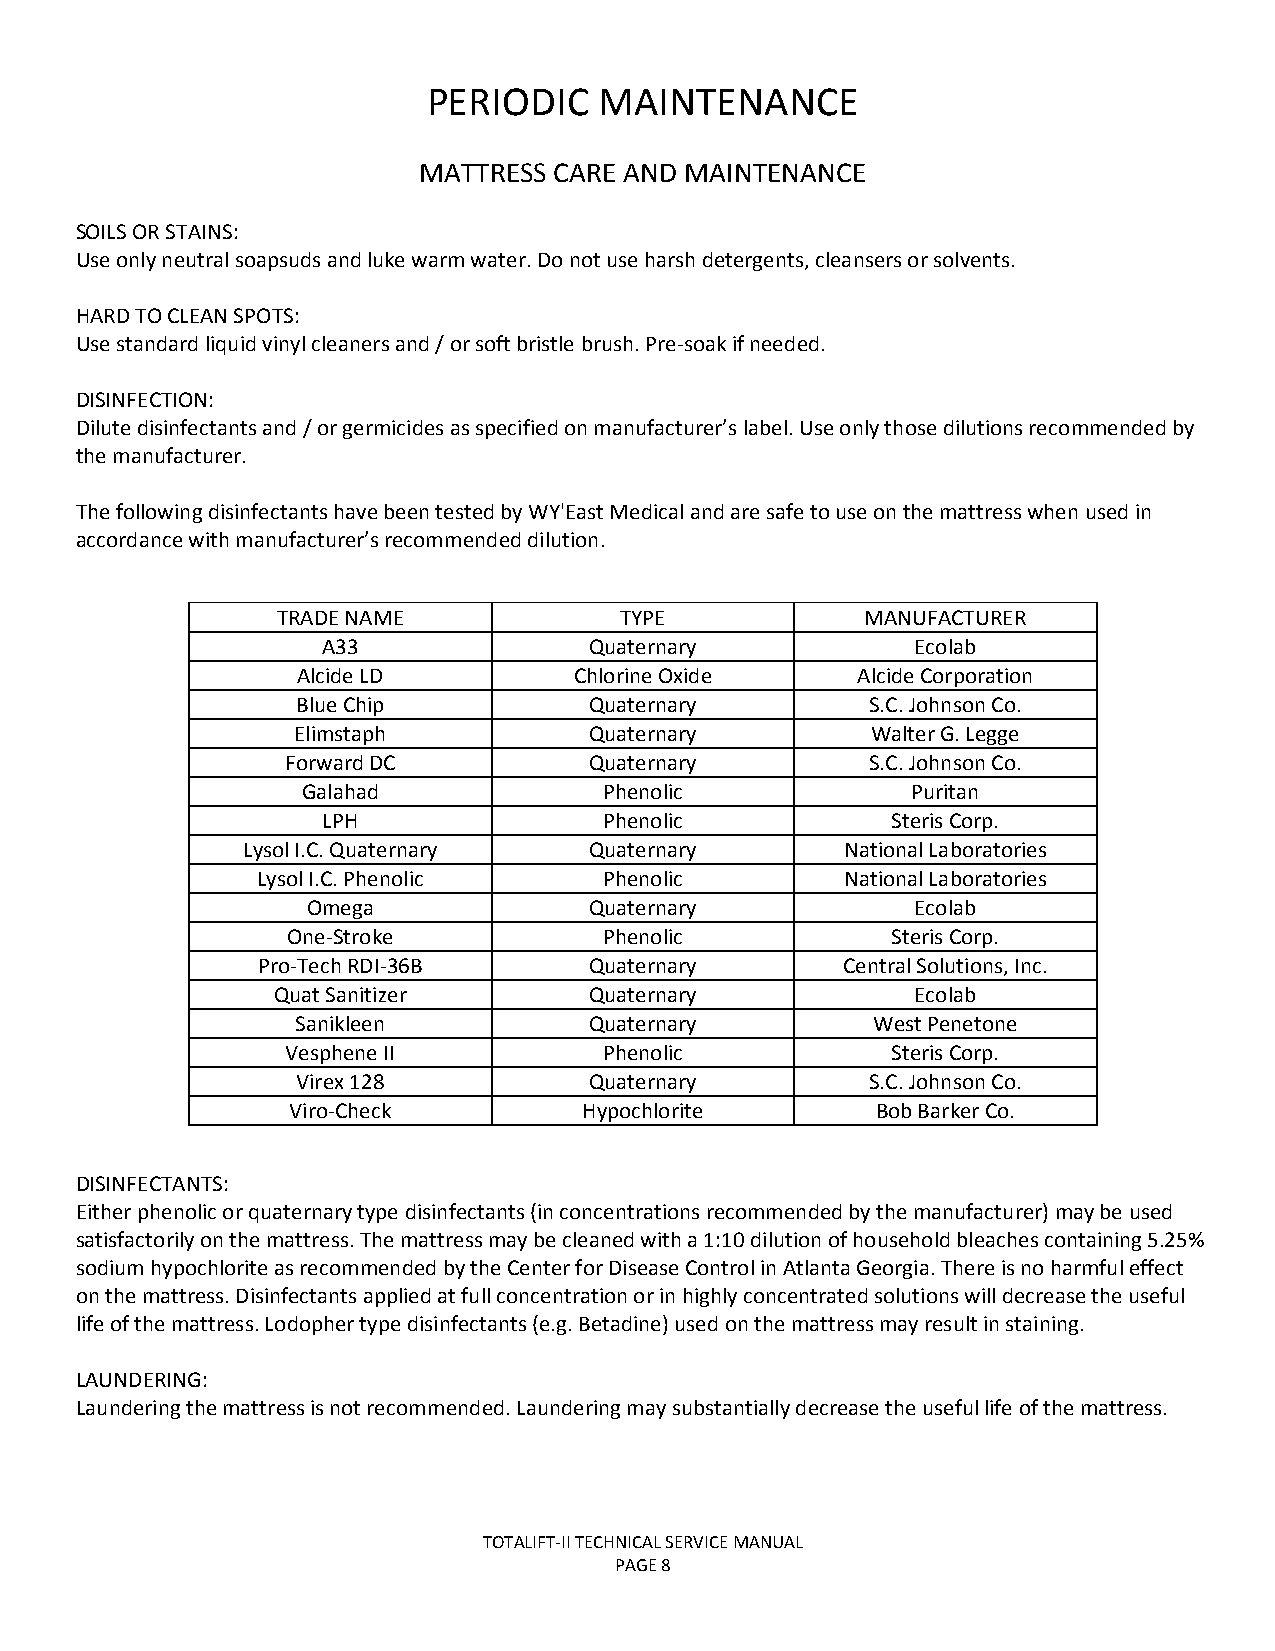
PERIODIC    MAINTENANCE
 MATTRESS CARE AND MAINTENANCE
 SOILS OR STAINS:
 Use only neutral soapsuds and luke warm water. Do not use harsh detergents, cleansers or solvents.
 HARD TO CLEAN SPOTS:
 Use standard liquid vinyl cleaners and / or soft bristle brush. Pre-soak if needed.
 DISINFECTION:
 Dilute disinfectants and / or germicides as specified on manufacturer’s label. Use only those dilutions recommended by
 the manufacturer.
 The following disinfectants have been tested by WY'East Medical and are safe to use on the mattress when used in
 accordance with manufacturer’s recommended dilution.
 TRADE NAME             TYPE            MANUFACTURER
 A33               Quaternary            Ecolab
 Alcide LD         Chlorine Oxide     Alcide Corporation
 Blue Chip          Quaternary         S.C. Johnson Co.
 Elimstaph           Quaternary         Walter G. Legge
 Forward DC          Quaternary         S.C. Johnson Co.
 Galahad             Phenolic            Puritan
 LPH                Phenolic           Steris Corp.
 Lysol I.C. Quaternary  Quaternary       National Laboratories
 Lysol I.C. Phenolic    Phenolic        National Laboratories
 Omega              Quaternary            Ecolab
 One-Stroke           Phenolic           Steris Corp.
 Pro-Tech RDI-36B      Quaternary       Central Solutions, Inc.
 Quat Sanitizer       Quaternary            Ecolab
 Sanikleen          Quaternary         West Penetone
 Vesphene II          Phenolic           Steris Corp.
 Virex 128          Quaternary         S.C. Johnson Co.
 Viro-Check          Hypochlorite       Bob Barker Co.
 DISINFECTANTS:
 Either phenolic or quaternary type disinfectants (in concentrations recommended by the manufacturer) may be used
 satisfactorily on the mattress. The mattress may be cleaned with a 1:10 dilution of household bleaches containing 5.25%
 sodium hypochlorite as recommended by the Center for Disease Control in Atlanta Georgia. There is no harmful effect
 on the mattress. Disinfectants applied at full concentration or in highly concentrated solutions will decrease the useful
 life of the mattress. Lodopher type disinfectants (e.g. Betadine) used on the mattress may result in staining.
 LAUNDERING:
 Laundering the mattress is not recommended. Laundering may substantially decrease the useful life of the mattress.
 TOTALIFT-II TECHNICAL SERVICE MANUAL
 PAGE 8